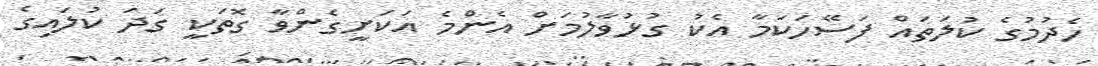
ހެދުމުގެ ކުލަތައް ފަސޭހަކަމާ އެކު ގުޅުވާލުމަށް އެންމެ އަކަށީގެންވާ ގޮތަކީ ގަދަ ކުލައިގެ